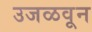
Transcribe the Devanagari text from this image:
उजळवून